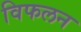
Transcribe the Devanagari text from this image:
विफलन